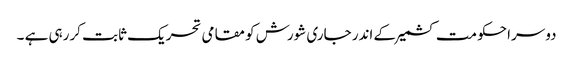
دوسرا حکومت کشمیر کے اندر جاری شورش کو مقامی تحریک ثابت کررہی ہے ۔